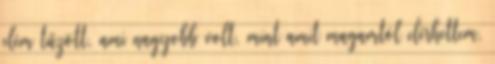
elém tűzött, ami nagyobb volt, mint amit magamtól elérhettem,